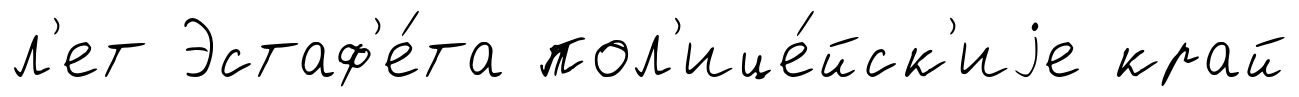
л'ет Эстаф'е́та пол'ице́йск'иjе край